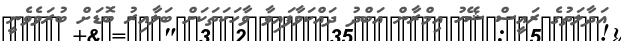
އަދާލަތުގެ ރައީސް ޝޭހު އިމްރާން އަބްދު ދައްކަވާފައިވާ ވާހަކަތަކަށް ބަލާއިރު ބޮޑަށް ބުރަވެވެނީ